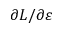
\partial L / \partial \varepsilon